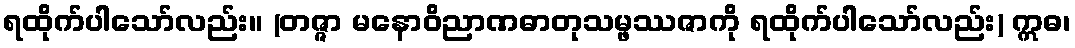
ရထိုက်ပါသော်လည်း။ (တဇ္ဇာ မနောဝိညာဏဓာတုသမ္ဖဿဇာကို ရထိုက်ပါသော်လည်း) ဣဓ၊